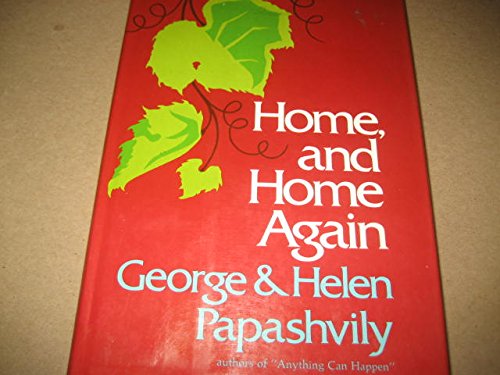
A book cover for Home, and Home Again; George Papashvily; Travel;